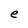
Character: e